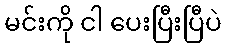
မင်းကို ငါ ပေးပြီးပြီပဲ